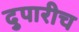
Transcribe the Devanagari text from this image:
दुपारीच